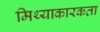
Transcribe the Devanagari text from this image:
मिथ्याकारकता